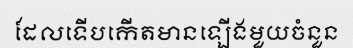
ដែលទើបកើតមានឡើងមួយចំនួន